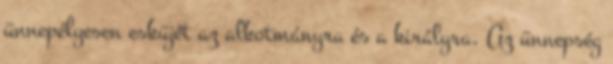
ünnepélyesen esküjét az alkotmányra és a királyra. Az ünnepség